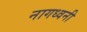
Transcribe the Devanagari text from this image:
नागध्वनी